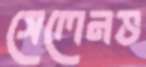
সেলেনভ